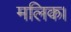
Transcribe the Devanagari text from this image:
मलिक।